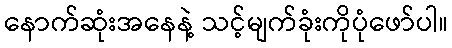
နောက်ဆုံးအနေနဲ့ သင့်မျက်ခုံးကိုပုံဖော်ပါ။